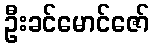
ဦးခင်မောင်ဇော်